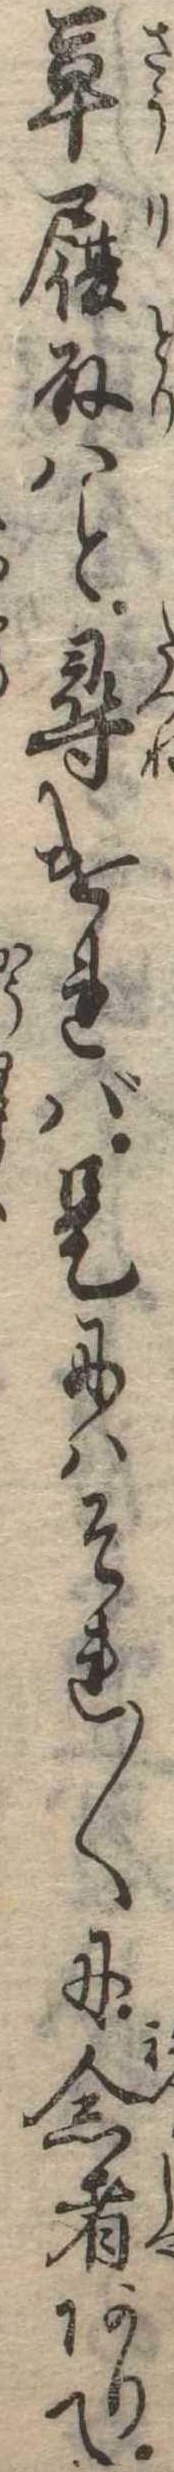
草履取はと尋ければ是にはそれ〱に念者ありて